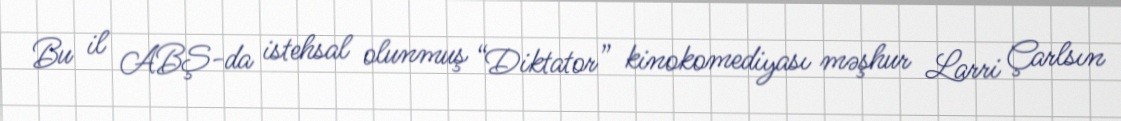
Bu il ABŞ-da istehsal olunmuş “Diktator” kinokomediyası məşhur Larri Çarlsın